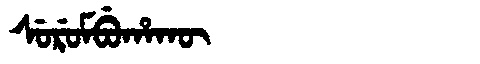
Manchu: ᠰᡠᡵᡠᠮᠪᡠᡥᠠᡴᡡ
Romanization: SURUMBUHAKŪ